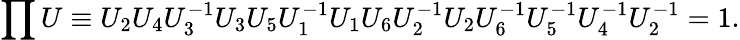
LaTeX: \prod U\equiv U_{2}U_{4}U_{3}^{-1}U_{3}U_{5}U_{1}^{-1}U_{1}U_{6}U_{2}^{-1}U_{2}U_{6}^{-1}U_{5}^{-1}U_{4}^{-1}U_{2}^{-1}=1.